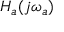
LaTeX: H _ { a } ( j \omega _ { a } )